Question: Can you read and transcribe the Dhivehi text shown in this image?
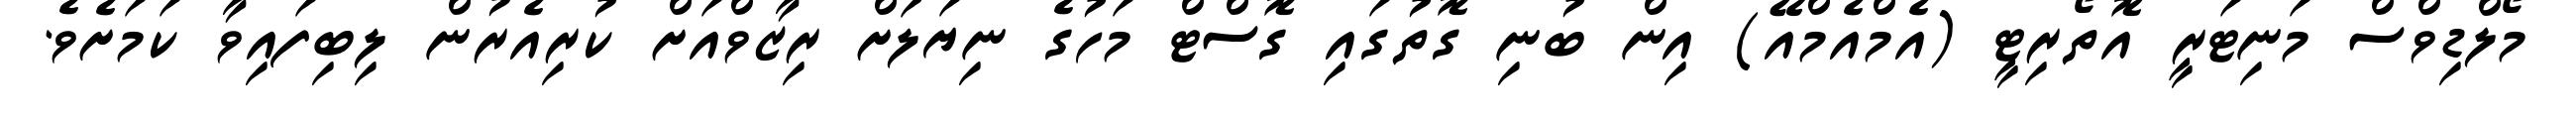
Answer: މޯލްޑިވްސް މަނިޓަރީ އޮތޯރިޓީ (އެމްއެމްއޭ) އިން ބުނި ގޮތުގައި ގޮސްޓް މަހުގެ ނިޔަލަށް ރިޒާވްއަށް ކުރިއެރުން ލިބިފައިވާ ކަމަށެވެ.